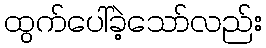
ထွက်ပေါ်ခဲ့သော်လည်း